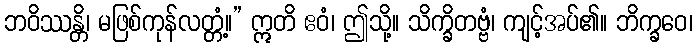
ဘဝိဿန္တိ၊ မဖြစ်ကုန်လတ္တံ့။” ဣတိ ဧဝံ၊ ဤသို့။ သိက္ခိတဗ္ဗံ၊ ကျင့်အပ်၏။ ဘိက္ခဝေ၊